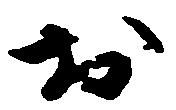
於